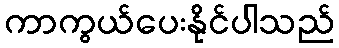
ကာကွယ်ပေးနိုင်ပါသည်